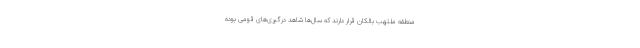
منطقه ملتهب بالکان قرار دارند که سال‌ها شاهد درگیری‌های قومی بوده